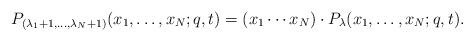
LaTeX: \begin{align*}P_{(\lambda_1 + 1, \dots, \lambda_N + 1)}(x_1, \dots, x_N; q, t) = (x_1\cdots x_N)\cdot P_{\lambda}(x_1, \dots, x_N; q, t).\end{align*}